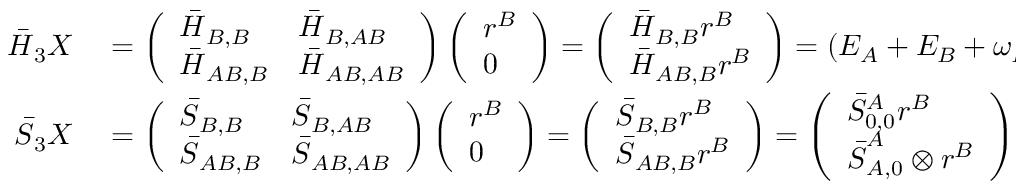
\begin{array} { r l } { \boldsymbol { \bar { H } } _ { 3 } \boldsymbol { X } } & { { } = \left( \begin{array} { l l } { \boldsymbol { \bar { H } } _ { B , B } } & { \boldsymbol { \bar { H } } _ { B , A B } } \\ { \boldsymbol { \bar { H } } _ { A B , B } } & { \boldsymbol { \bar { H } } _ { A B , A B } } \end{array} \right) \left( \begin{array} { l } { \boldsymbol { r } ^ { B } } \\ { \boldsymbol { 0 } } \end{array} \right) = \left( \begin{array} { l } { \boldsymbol { \bar { H } } _ { B , B } \boldsymbol { r } ^ { B } } \\ { \boldsymbol { \bar { H } } _ { A B , B } \boldsymbol { r } ^ { B } } \end{array} \right) = ( E _ { A } + E _ { B } + \omega _ { B } ) \left( \begin{array} { l } { \bar { { S } } _ { 0 , 0 } ^ { A } \boldsymbol { r } ^ { B } } \\ { \boldsymbol { \bar { { S } } } _ { A , 0 } ^ { A } \otimes \boldsymbol { r } ^ { B } } \end{array} \right) } \\ { \boldsymbol { \bar { { S } } } _ { 3 } \boldsymbol { X } } & { { } = \left( \begin{array} { l l } { \boldsymbol { \bar { { S } } } _ { B , B } } & { \boldsymbol { \bar { { S } } } _ { B , A B } } \\ { \boldsymbol { \bar { { S } } } _ { A B , B } } & { \boldsymbol { \bar { { S } } } _ { A B , A B } } \end{array} \right) \left( \begin{array} { l } { \boldsymbol { r } ^ { B } } \\ { \boldsymbol { 0 } } \end{array} \right) = \left( \begin{array} { l } { \boldsymbol { \bar { { S } } } _ { B , B } \boldsymbol { r } ^ { B } } \\ { \boldsymbol { \bar { { S } } } _ { A B , B } \boldsymbol { r } ^ { B } } \end{array} \right) = \left( \begin{array} { l } { \bar { { S } } _ { 0 , 0 } ^ { A } \boldsymbol { r } ^ { B } } \\ { \boldsymbol { \bar { { S } } } _ { A , 0 } ^ { A } \otimes \boldsymbol { r } ^ { B } } \end{array} \right) , } \end{array}